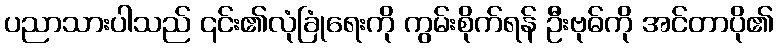
ပညာသားပါသည် ၎င်း၏လုံခြုံရေးကို ကွမ်းစိုက်ရန် ဦးဗုဓ်ကို အင်တာပို၏